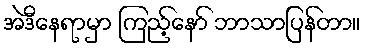
အဲဒီနေရာမှာ ကြည့်နော် ဘာသာပြန်တာ။